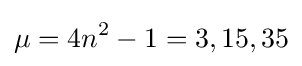
\mu =4n^{2}-1=3,15,35